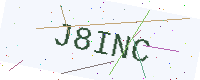
Text: J8INC